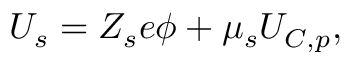
\begin{array} { r } { U _ { s } = Z _ { s } e \phi + \mu _ { s } U _ { C , p } , } \end{array}